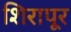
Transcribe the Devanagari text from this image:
शिरापूर